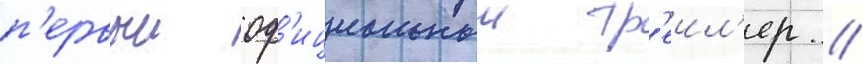
п'ервыи оф'ициальныи тр'еил'ер //